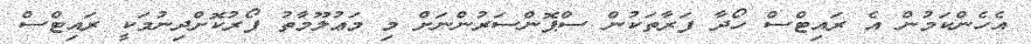
އެހެންކަމުން އެ ރައިޓްސް ހޯދާ ފަރާތަކުން ސްޕޮންސަރުންނަށް މި މަޢުލޫމާތު ފޯރުކޮށްދިނުމަކީ ރައިޓްސް